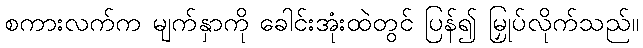
စကားလက်က မျက်နှာကို ခေါင်းအုံးထဲတွင် ပြန်၍ မြှုပ်လိုက်သည်။